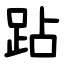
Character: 跕